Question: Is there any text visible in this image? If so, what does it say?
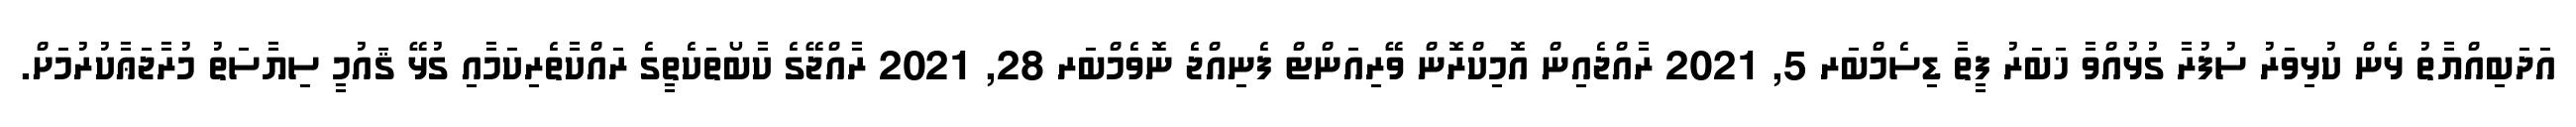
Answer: އަދަބިއްޔާތު ޅެން ކުޅިވަރު ސުފުރާ ގުޅުއްވާ ޚަބަރު ފީތާ ޑިސެމްބަރ 5, 2021 ރާއްޖެއިން އޮމިކްރޮން ވޭރިއަންޓް ފެނިއްޖެ ނޮވެމްބަރ 28, 2021 ރާއްޖޭގެ ކާބޯތަކެތީގެ ރައްކާތެރިކަމާއި ގުޅޭ ޤައުމީ ސިޔާސަތު މުރާޖަޢާކުރުމަށް.